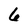
Character: 6